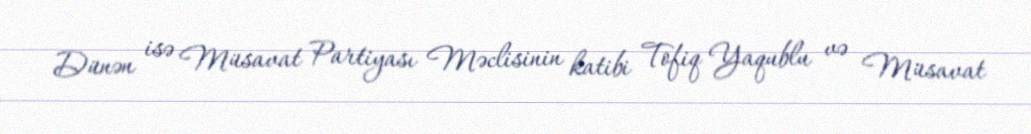
Dünən isə Müsavat Partiyası Məclisinin katibi Tofiq Yaqublu və Müsavat